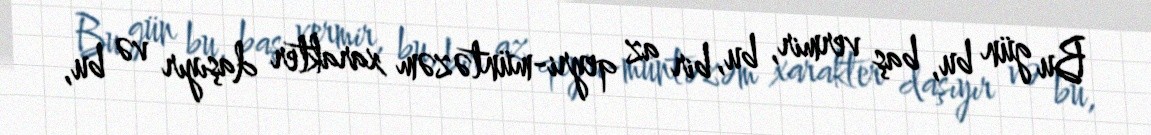
Bu gün bu, baş vermir, bu, bir az qeyri-müntəzəm xarakter daşıyır və bu,